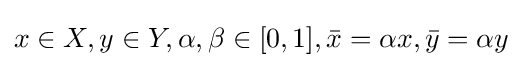
{\textstyle x\in X,y\in Y,\alpha ,\beta \in [0,1],{\bar {x}}=\alpha x,{\bar {y}}=\alpha y}